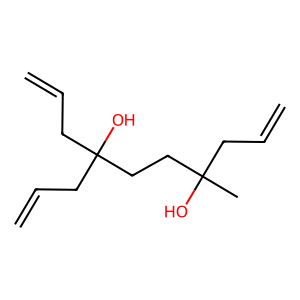
SMILES: C=CCC(C)(O)CCC(O)(CC=C)CC=C
Inhibits HIV replication: No